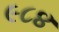
૯૮૪